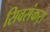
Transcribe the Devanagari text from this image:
सिवसंकरा